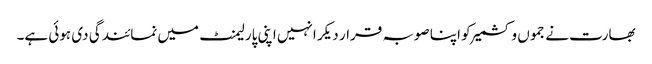
بھارت نے جموں و کشمیر کو اپنا صوبہ قرار دیکر انہیں اپنی پارلیمنٹ میں نمائندگی دی ہوئی ہے۔